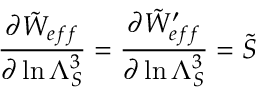
{ \frac { \partial { \tilde { W } _ { e f f } } } { \partial \ln \Lambda _ { S } ^ { 3 } } } = { \frac { \partial { \tilde { W } _ { e f f } ^ { \prime } } } { \partial \ln \Lambda _ { S } ^ { 3 } } } = \tilde { S }